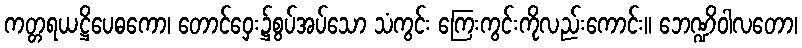
ကတ္တရယဋ္ဌိပေဓကော၊ တောင်ဝှေး၌စွပ်အပ်သော သံကွင်း ကြေးကွင်းကိုလည်းကောင်း။ ဘေဏ္ဍိဝါလတော၊